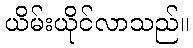
ယိမ်းယိုင်လာသည်။